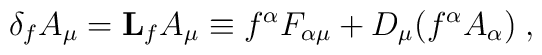
\delta_f A_\mu = {\bf L}_f A_\mu \equiv f^{\alpha} F_{\alpha\mu}+D_{\mu}(f^{\alpha}A_{\alpha})\;,